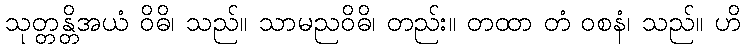
သုတ္တန္တိအယံ ဝိဓိ၊ သည်။ သာမညဝိဓိ၊ တည်း။ တထာ တံ ဝစနံ၊ သည်။ ဟိ